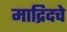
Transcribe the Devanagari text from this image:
माद्रिदचे